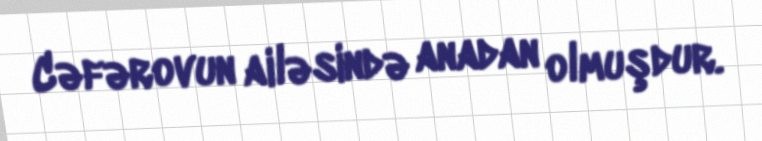
Cəfərovun ailəsində anadan olmuşdur.